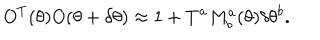
LaTeX: O ^ { T } ( \theta ) O ( \theta + \delta \theta ) \approx 1 + T ^ { a } M _ { b } ^ { a } ( \theta ) \delta \theta ^ { b } .